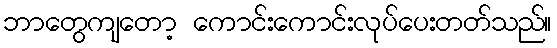
ဘာတွေကျတော့ ကောင်းကောင်းလုပ်ပေးတတ်သည်။